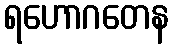
ရဟောဂတေန